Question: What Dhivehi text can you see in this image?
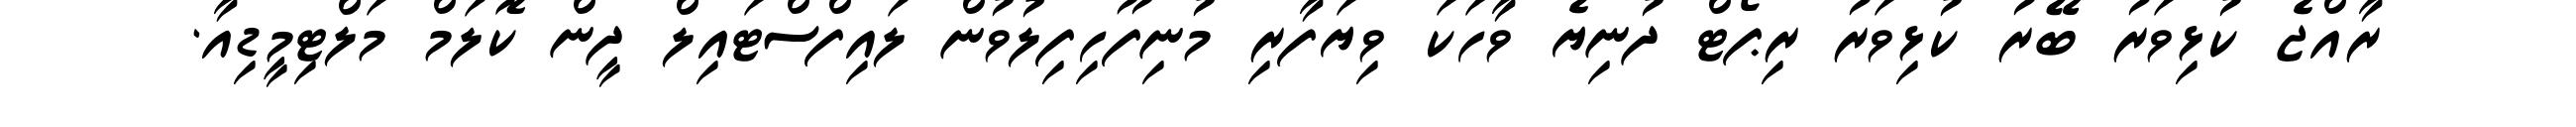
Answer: ރާއްޖެ ކުޅިވަރު ބޭރު ކުޅިވަރު ރިޕޯޓް ދުނިޔެ ވާހަކަ ވިޔަފާރި މުނިފޫހިފިލުވުން ލައިފްސްޓައިލް ދީން ކޮލަމް މަލްޓިމީޑިއާ.